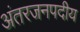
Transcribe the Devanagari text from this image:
अंतरजनपदीय